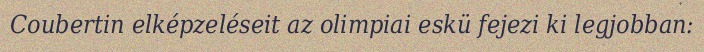
Coubertin elképzeléseit az olimpiai eskü fejezi ki legjobban: